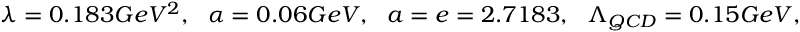
{ \lambda = 0 . 1 8 3 G e V ^ { 2 } , ~ ~ \alpha = 0 . 0 6 G e V , ~ ~ a = e = 2 . 7 1 8 3 , ~ ~ \Lambda _ { Q C D } = 0 . 1 5 G e V } ,